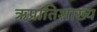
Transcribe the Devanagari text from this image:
ऋप्रातिशाख्य